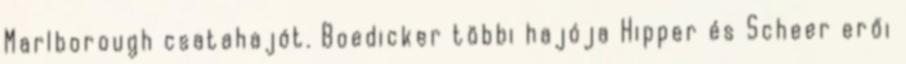
Marlborough csatahajót. Boedicker többi hajója Hipper és Scheer erői